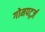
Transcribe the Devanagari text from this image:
गोमपर्ट्ज़